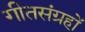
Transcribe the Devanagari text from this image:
गीतसंग्रहों